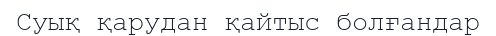
Суық қарудан қайтыс болғандар